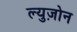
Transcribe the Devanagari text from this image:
ल्युज़ोन